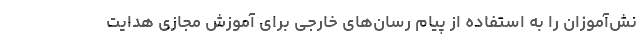
نش‌آموزان را به استفاده از پیام رسان‌ھای خارجی برای آموزش مجازی ھدایت